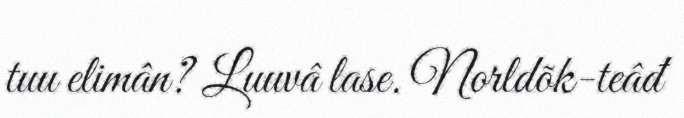
tuu elimân? Luuvâ lase. Norldõk-teâđ